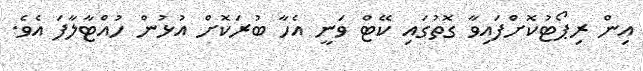
އިން ރިޕޯޓުކޮށްފައިވާ ގޮތުގައި ކޭޓް ވަނީ އެހާ ބުރަކޮށް އުޅުން ހުއްޓާލާފަ އެވެ.